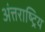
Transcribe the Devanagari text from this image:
अंत्तराष्ट्रिय